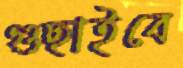
গুছাইবে